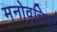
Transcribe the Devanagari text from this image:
मनोवृत्तियां